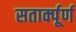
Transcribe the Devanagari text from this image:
सतार्क्पूर्ण